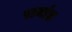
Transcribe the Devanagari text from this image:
रामांत